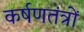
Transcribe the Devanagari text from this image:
कर्षणतंत्रों